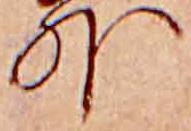
外